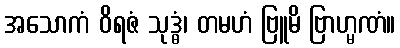
အသောကံ ဝိရဇံ သုဒ္ဓံ၊ တမဟံ ဗြူမိ ဗြာဟ္မဏံ။